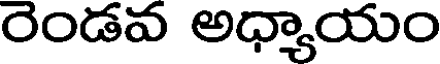
రెండవ అధ్యాయం